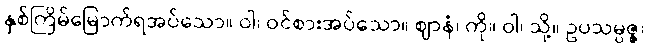
နှစ်ကြိမ်မြောက်ရအပ်သော။ ဝါ၊ ဝင်စားအပ်သော။ ဈာနံ၊ ကို။ ဝါ၊ သို့။ ဥပသမ္ပဇ္ဇ၊